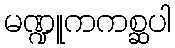
မဏ္ဍူကကစ္ဆပါ